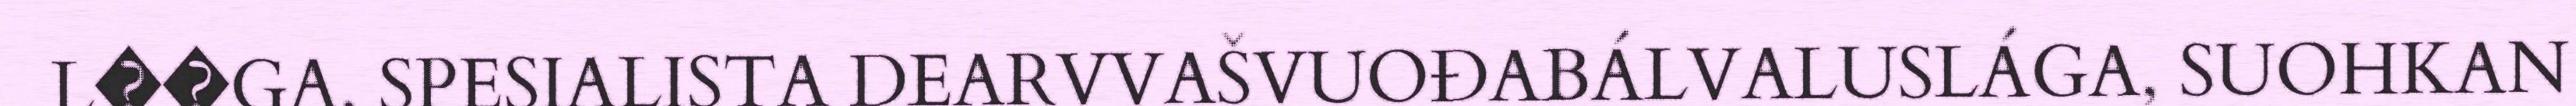
L��GA, SPESIALISTA DEARVVAŠVUOĐABÁLVALUSLÁGA, SUOHKAN